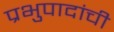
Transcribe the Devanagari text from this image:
प्रभुपादांची